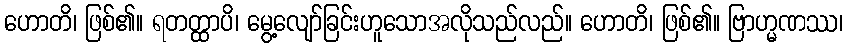
ဟောတိ၊ ဖြစ်၏။ ရတတ္ထာပိ၊ မွေ့လျော်ခြင်းဟူသောအလိုသည်လည်။ ဟောတိ၊ ဖြစ်၏။ ဗြာဟ္မဏဿ၊